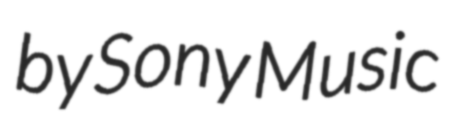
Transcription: by Sony Music